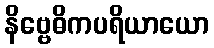
နိဗ္ဗေဓိကပရိယာယော